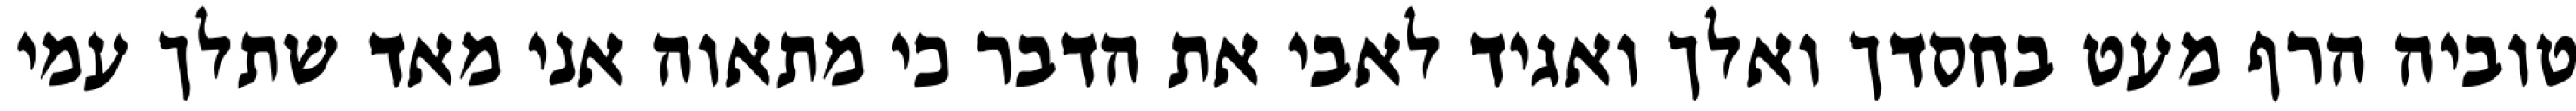
טוביה הרף מעט בחסדך ואלך ואגיד לאבי את הדבר כי מתאוה אני מאד שתלך עמי